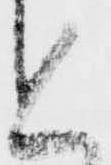
と